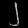
Digit: ၂